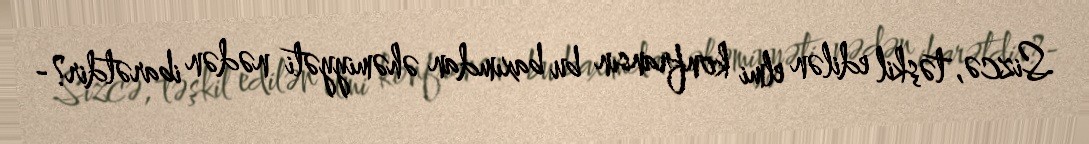
Sizcə, təşkil edilən elmi konfransın bu baxımdan əhəmiyyəti nədən ibarətdir?-